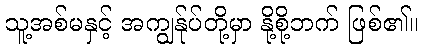
သူ့အစ်မနှင့် အကျွန်ုပ်တို့မှာ နို့စို့ဘက် ဖြစ်၏။